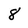
Character: 8